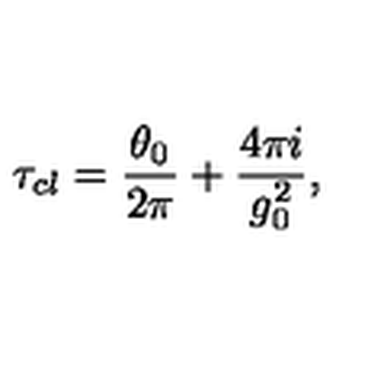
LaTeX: \tau _ { c l } = { \frac { \theta _ { 0 } } { 2 \pi } } + { \frac { 4 \pi i } { g _ { 0 } ^ { 2 } } } ,